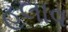
હલાવ